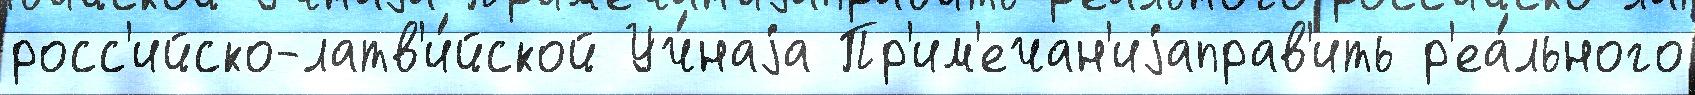
росс'ийско-латв'и́йской Уч́наjа Пр'им'ечан'иjаправ'ить р'еа́льного